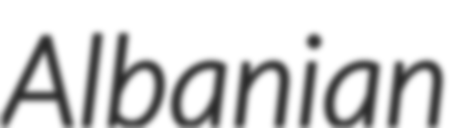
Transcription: Albanian